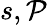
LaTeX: s,\mathcal{P}